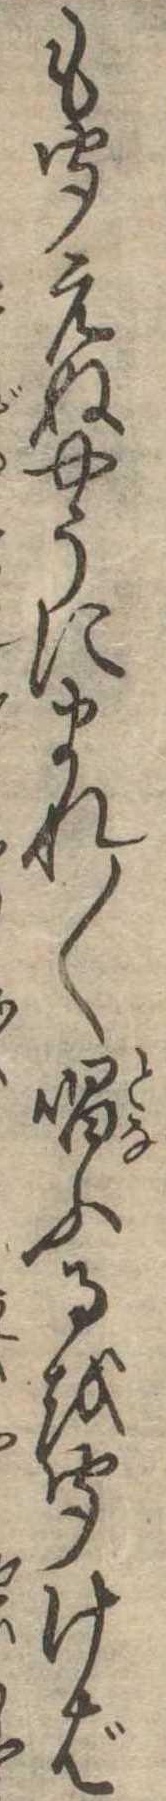
も聞えぬやうにまれ〱唱ふるを聞けば